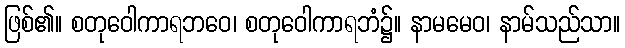
ဖြစ်၏။ စတုဝေါကာရဘဝေ၊ စတုဝေါကာရဘံ၌။ နာမမေဝ၊ နာမ်သည်သာ။